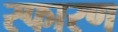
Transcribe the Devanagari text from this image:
स्फारण